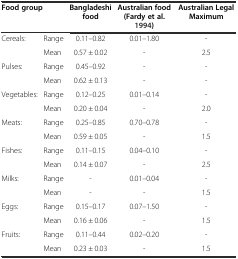
<table><thead><tr><td colspan="2"><b>Food group</b></td><td><b>Bangladeshi food</b></td><td><b>Australian food (Fardy et al.1994)</b></td><td><b>Australian Legal Maximum</b></td></tr></thead><tbody><tr><td rowspan="2">Cereals:</td><td>Range</td><td>0.11–0.82</td><td>0.01–1.80</td><td>-</td></tr><tr><td>Mean</td><td>0.57 ± 0.02</td><td>-</td><td>2.5</td></tr><tr><td rowspan="2">Pulses:</td><td>Range</td><td>0.45–0.92</td><td>-</td><td>-</td></tr><tr><td>Mean</td><td>0.62 ± 0.13</td><td>-</td><td>-</td></tr><tr><td rowspan="2">Vegetables:</td><td>Range</td><td>0.12–0.25</td><td>0.01–0.14</td><td>-</td></tr><tr><td>Mean</td><td>0.20 ± 0.04</td><td>-</td><td>2.0</td></tr><tr><td rowspan="2">Meats:</td><td>Range</td><td>0.25–0.85</td><td>0.70–0.78</td><td>-</td></tr><tr><td>Mean</td><td>0.59 ± 0.05</td><td>-</td><td>1.5</td></tr><tr><td rowspan="2">Fishes:</td><td>Range</td><td>0.11–0.15</td><td>0.04–0.10</td><td>-</td></tr><tr><td>Mean</td><td>0.14 ± 0.07</td><td>-</td><td>2.5</td></tr><tr><td rowspan="2">Milks:</td><td>Range</td><td>-</td><td>0.01–0.04</td><td>-</td></tr><tr><td>Mean</td><td>-</td><td>-</td><td>1.5</td></tr><tr><td rowspan="2">Eggs:</td><td>Range</td><td>0.15–0.17</td><td>0.07–1.50</td><td>-</td></tr><tr><td>Mean</td><td>0.16 ± 0.06</td><td>-</td><td>1.5</td></tr><tr><td>Fruits:</td><td>Range</td><td>0.11–0.44</td><td>0.02–0.20</td><td>-</td></tr><tr><td></td><td>Mean</td><td>0.23 ± 0.03</td><td>-</td><td>1.5</td></tr></tbody></table>